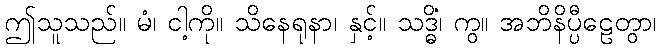
ဤသူသည်။ မံ၊ ငါ့ကို။ သိနေရုနာ၊ နှင့်။ သဒ္ဓိံ၊ ကွ။ အဘိနိပ္ပီဠေတွာ၊